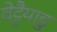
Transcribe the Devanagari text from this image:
वेट्टैयाडु